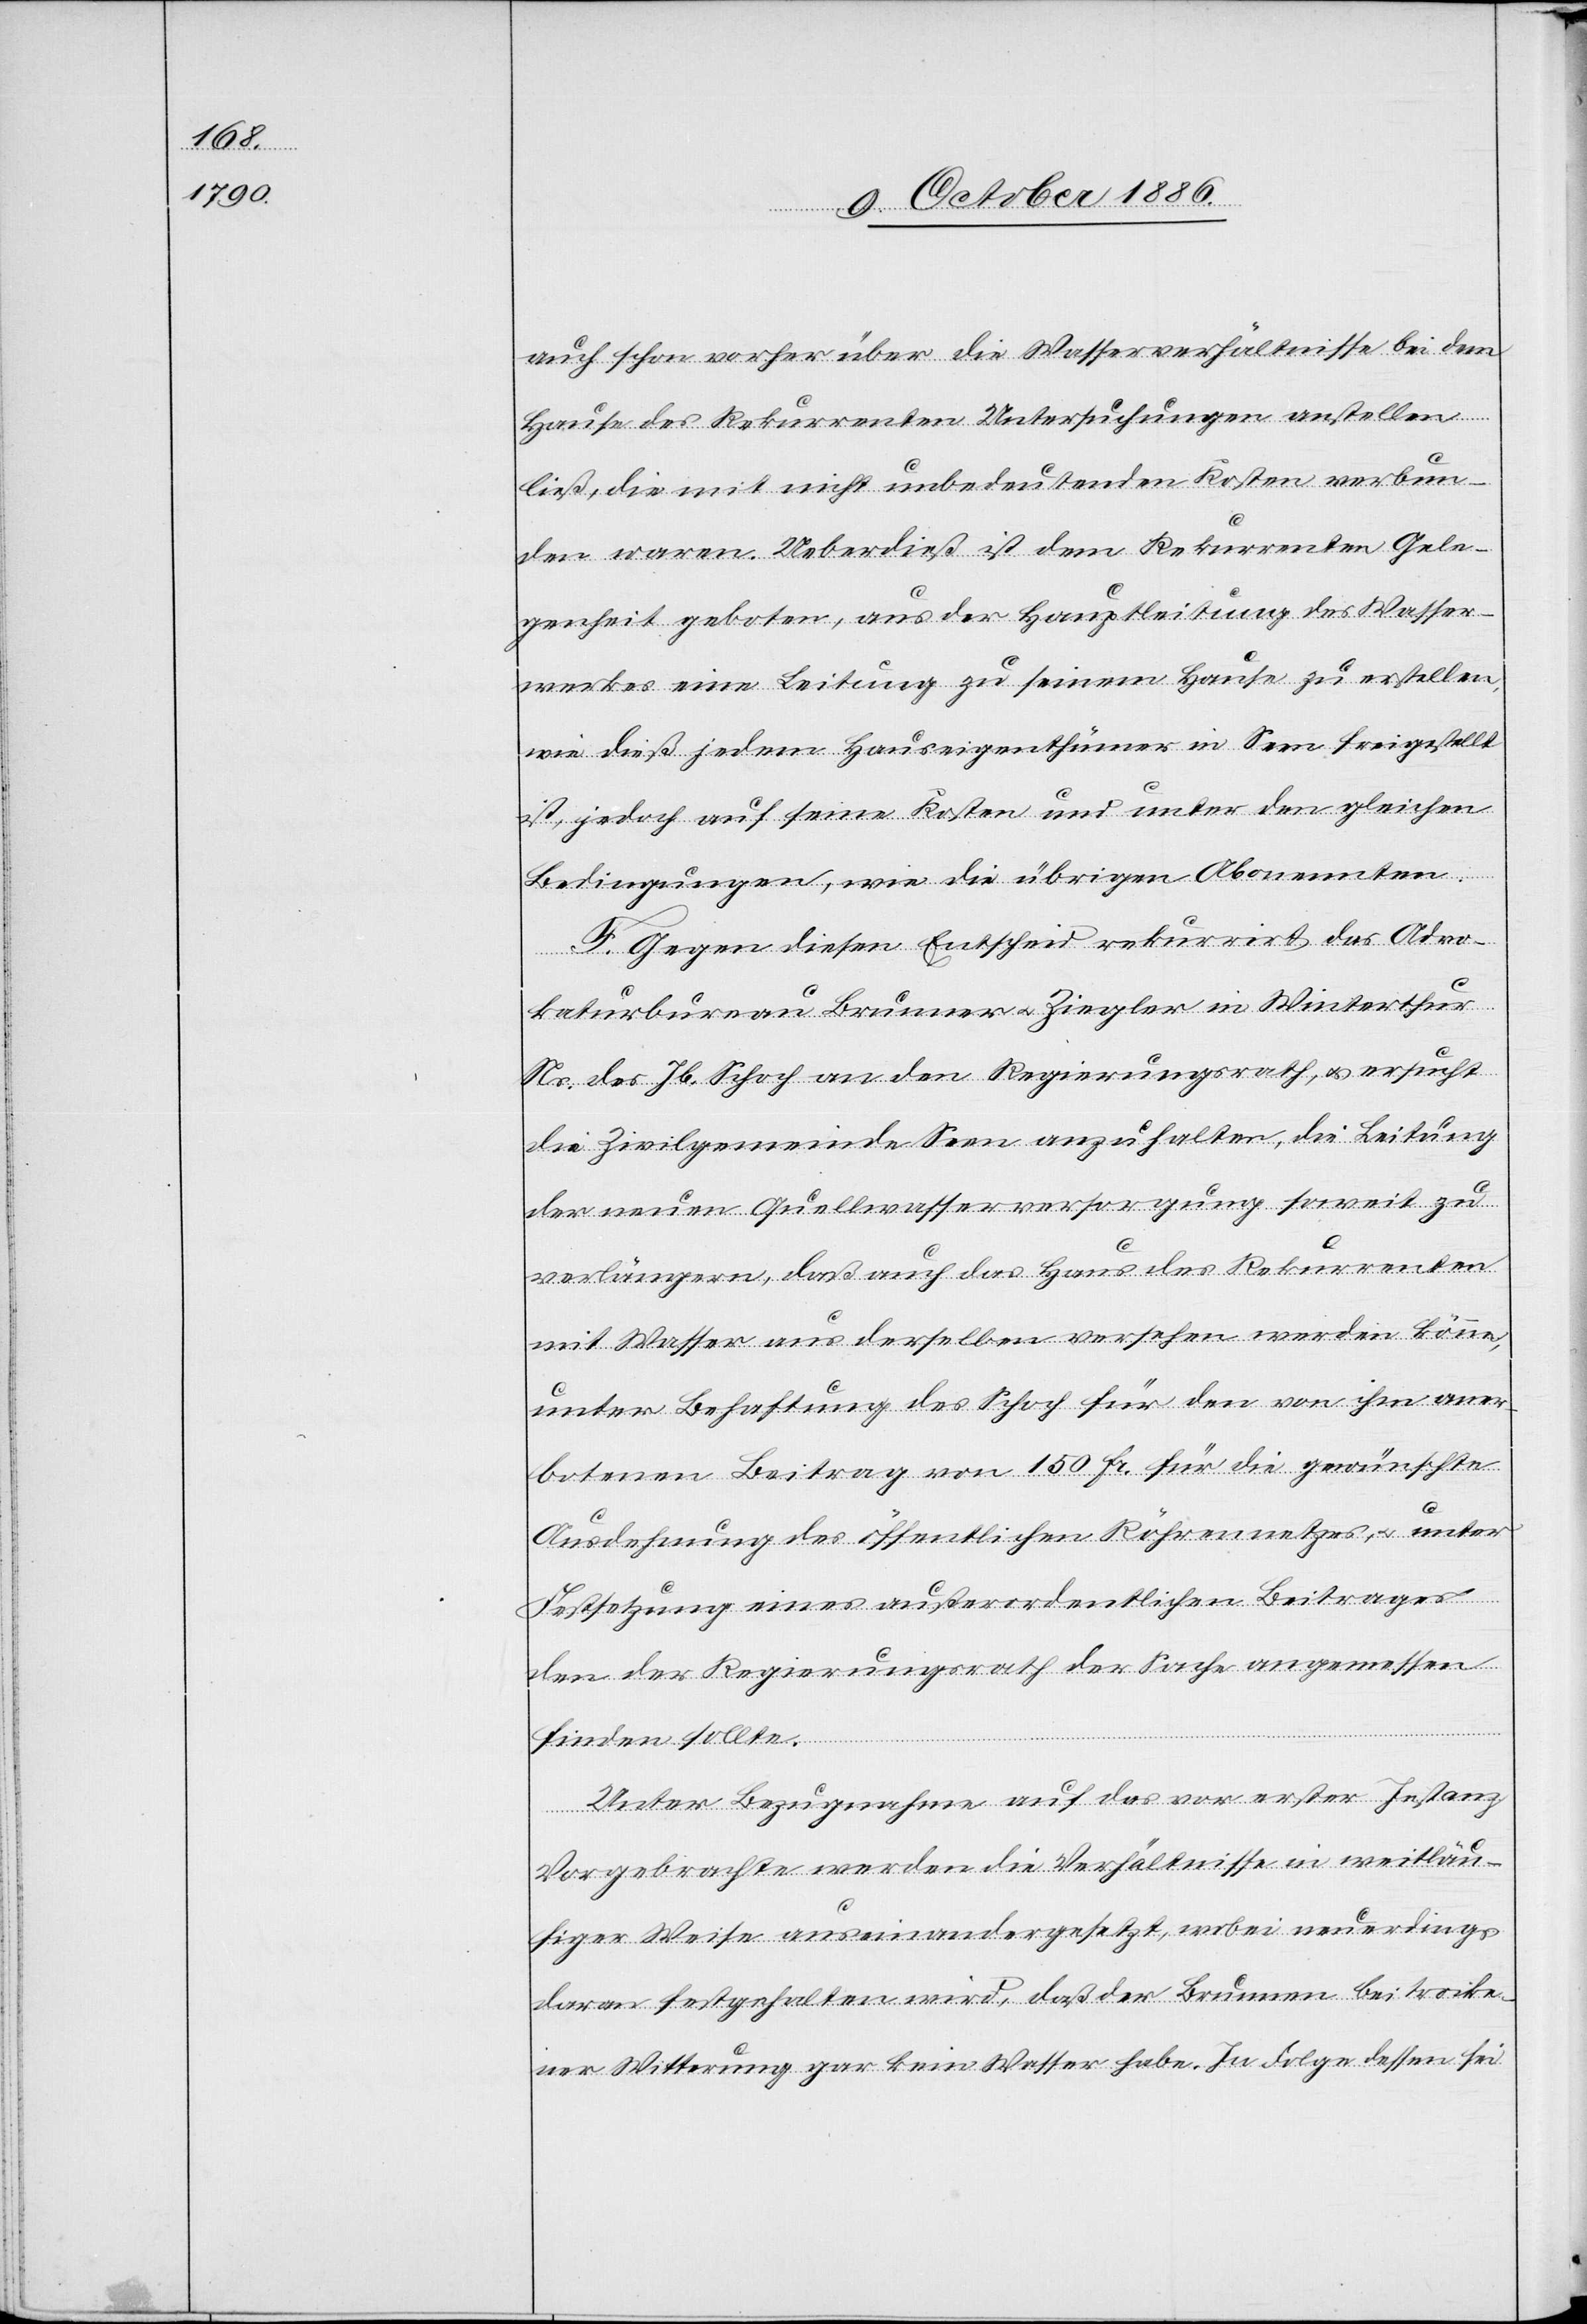
auch schon vorher über die Wasserverhältnisse bei dem
Hause des Rekurrenten Untersuchungen anstellen
ließ, die mit nicht unbedeutenden Kosten verbun¬
den waren. Ueberdieß ist dem Rekurrenten Gele¬
genheit geboten, aus der Hauptleitung des Wasser¬
werkes eine Leitung zu seinem Hause zu erstellen,
wie dieß jedem Hauseigenthümer in Seen freigestellt
ist, jedoch auf seine Kosten und unter den gleichen
Bedingungen, wie die übrigen Abonennten.
F. Gegen diesen Entscheid rekurrirt das Advo¬
katurbureau Brunner & Ziegler in Winterthur
Ns. des Jb. Schoch an den Regierungsrath, & ersucht
die Zivilgemeinde Seen anzuhalten, die Leitung
der neuen Quellwasserversorgung soweit zu
verlängern, daß auch das Haus des Rekurrenten
mit Wasser aus derselben versehen werden könne,
unter Behaftung des Schoch für den von ihm aner¬
botenen Beitrag von 150 Fr. für die gewünschte
Ausdehnung des öffentlichen Röhrennetzes, & unter
Festsetzung eines außerordentlichen Beitrages
den der Regierungsrath der Sache angemessen
finden sollte.
Unter Bezugnahme auf das vor erster Instanz
Vorgebrachte werden die Verhältnisse in weitläu¬
figer Weise auseinandergesetzt, wobei neuerdings
daran festgehalten wird, daß der Brunnen bei trocke¬
ner Witterung gar kein Wasser habe. In Folge dessen sei